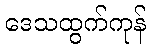
ဒေသထွက်ကုန်